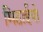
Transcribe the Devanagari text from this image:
मिठाईयो